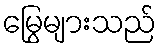
မြွေများသည်